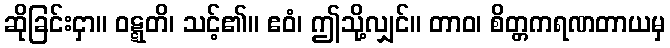
ဆိုခြင်းငှာ။ ဝဋ္ဋတိ၊ သင့်၏။ ဧဝံ၊ ဤသို့လျှင်။ တာဝ၊ စိတ္တကရဏတာယမှ